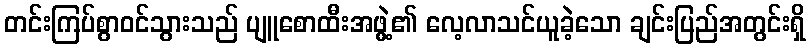
တင်းကြပ်စွာဝင်သွားသည် ပျူစောထီးအဖွဲ့၏ လေ့လာသင်ယူခဲ့သော ချင်းပြည်အတွင်းရှိ